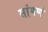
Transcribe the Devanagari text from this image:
सांगणं